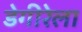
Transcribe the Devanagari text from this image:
डेगीरेला